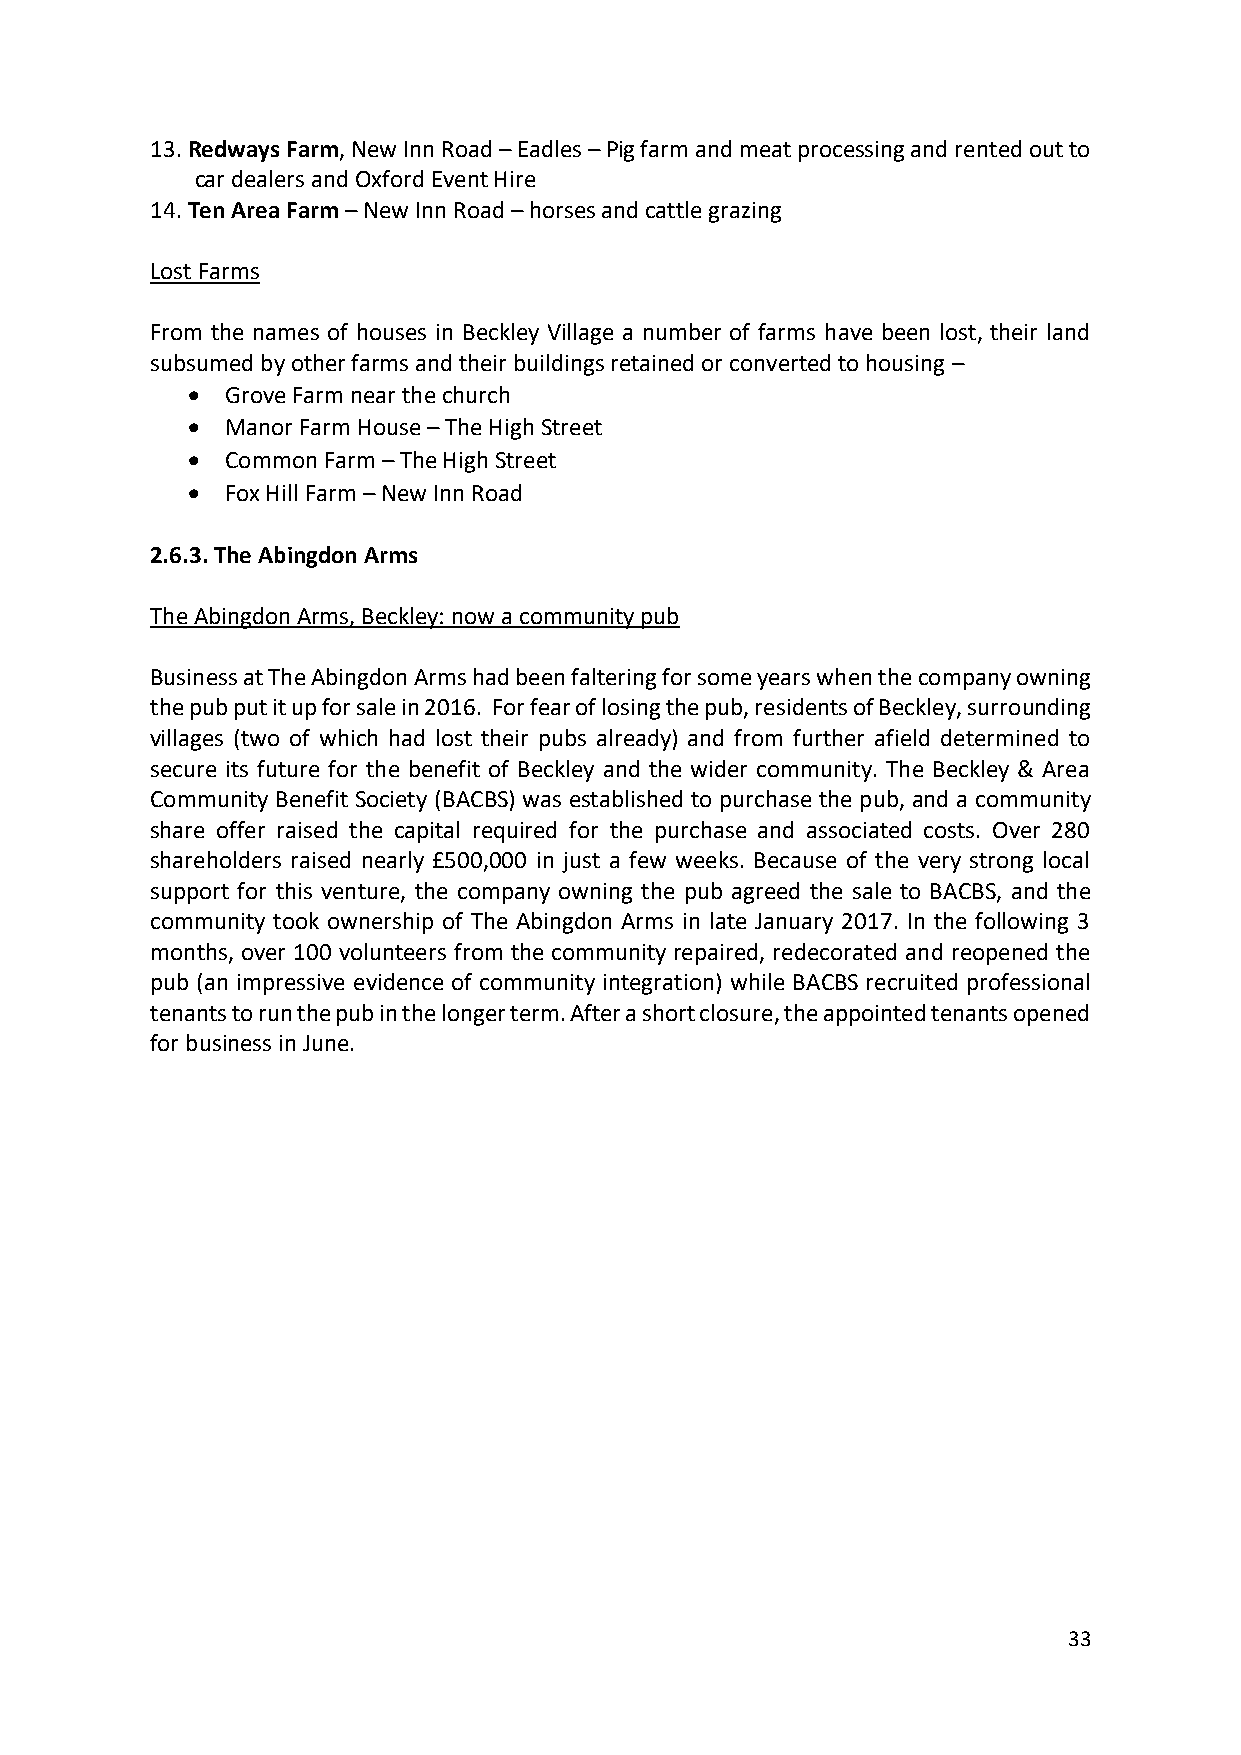
13. Redways Farm, New Inn Road – Eadles – Pig farm and meat processing and rented out to
 car dealers and Oxford Event Hire
 14. Ten Area Farm – New Inn Road – horses and cattle grazing
 Lost Farms
 From the names of houses in Beckley Village a number of farms have been lost, their land
 subsumed by other farms and their buildings retained or converted to housing –
 •  Grove Farm near the church
 •  Manor Farm House – The High Street
 •  Common Farm – The High Street
 •  Fox Hill Farm – New Inn Road
 2.6.3. The Abingdon Arms
 The Abingdon Arms, Beckley: now a community pub
 Business at The Abingdon Arms had been faltering for some years when the company owning
 the pub put it up for sale in 2016. For fear of losing the pub, residents of Beckley, surrounding
 villages (two of which had lost their pubs already) and from further afield determined to
 secure its future for the benefit of Beckley and the wider community. The Beckley & Area
 Community Benefit Society (BACBS) was established to purchase the pub, and a community
 share offer raised the capital required for the purchase and associated costs. Over 280
 shareholders raised nearly £500,000 in just a few weeks. Because of the very strong local
 support for this venture, the company owning the pub agreed the sale to BACBS, and the
 community took ownership of The Abingdon Arms in late January 2017. In the following 3
 months, over 100 volunteers from the community repaired, redecorated and reopened the
 pub (an impressive evidence of community integration) while BACBS recruited professional
 tenants to run the pub in the longer term. After a short closure, the appointed tenants opened
 for business in June.
 33